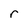
Character: r